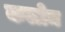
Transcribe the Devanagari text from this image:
कलोम